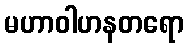
မဟာဝါဟနတရော